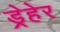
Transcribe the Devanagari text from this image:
ड्रेहेर